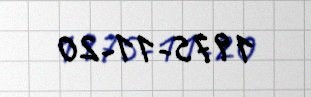
1975-11-20